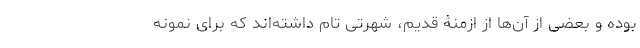
بوده و بعضی از آن‌ها از ازمنۀ قدیم، شهرتی تام داشته‌اند که برای نمونه